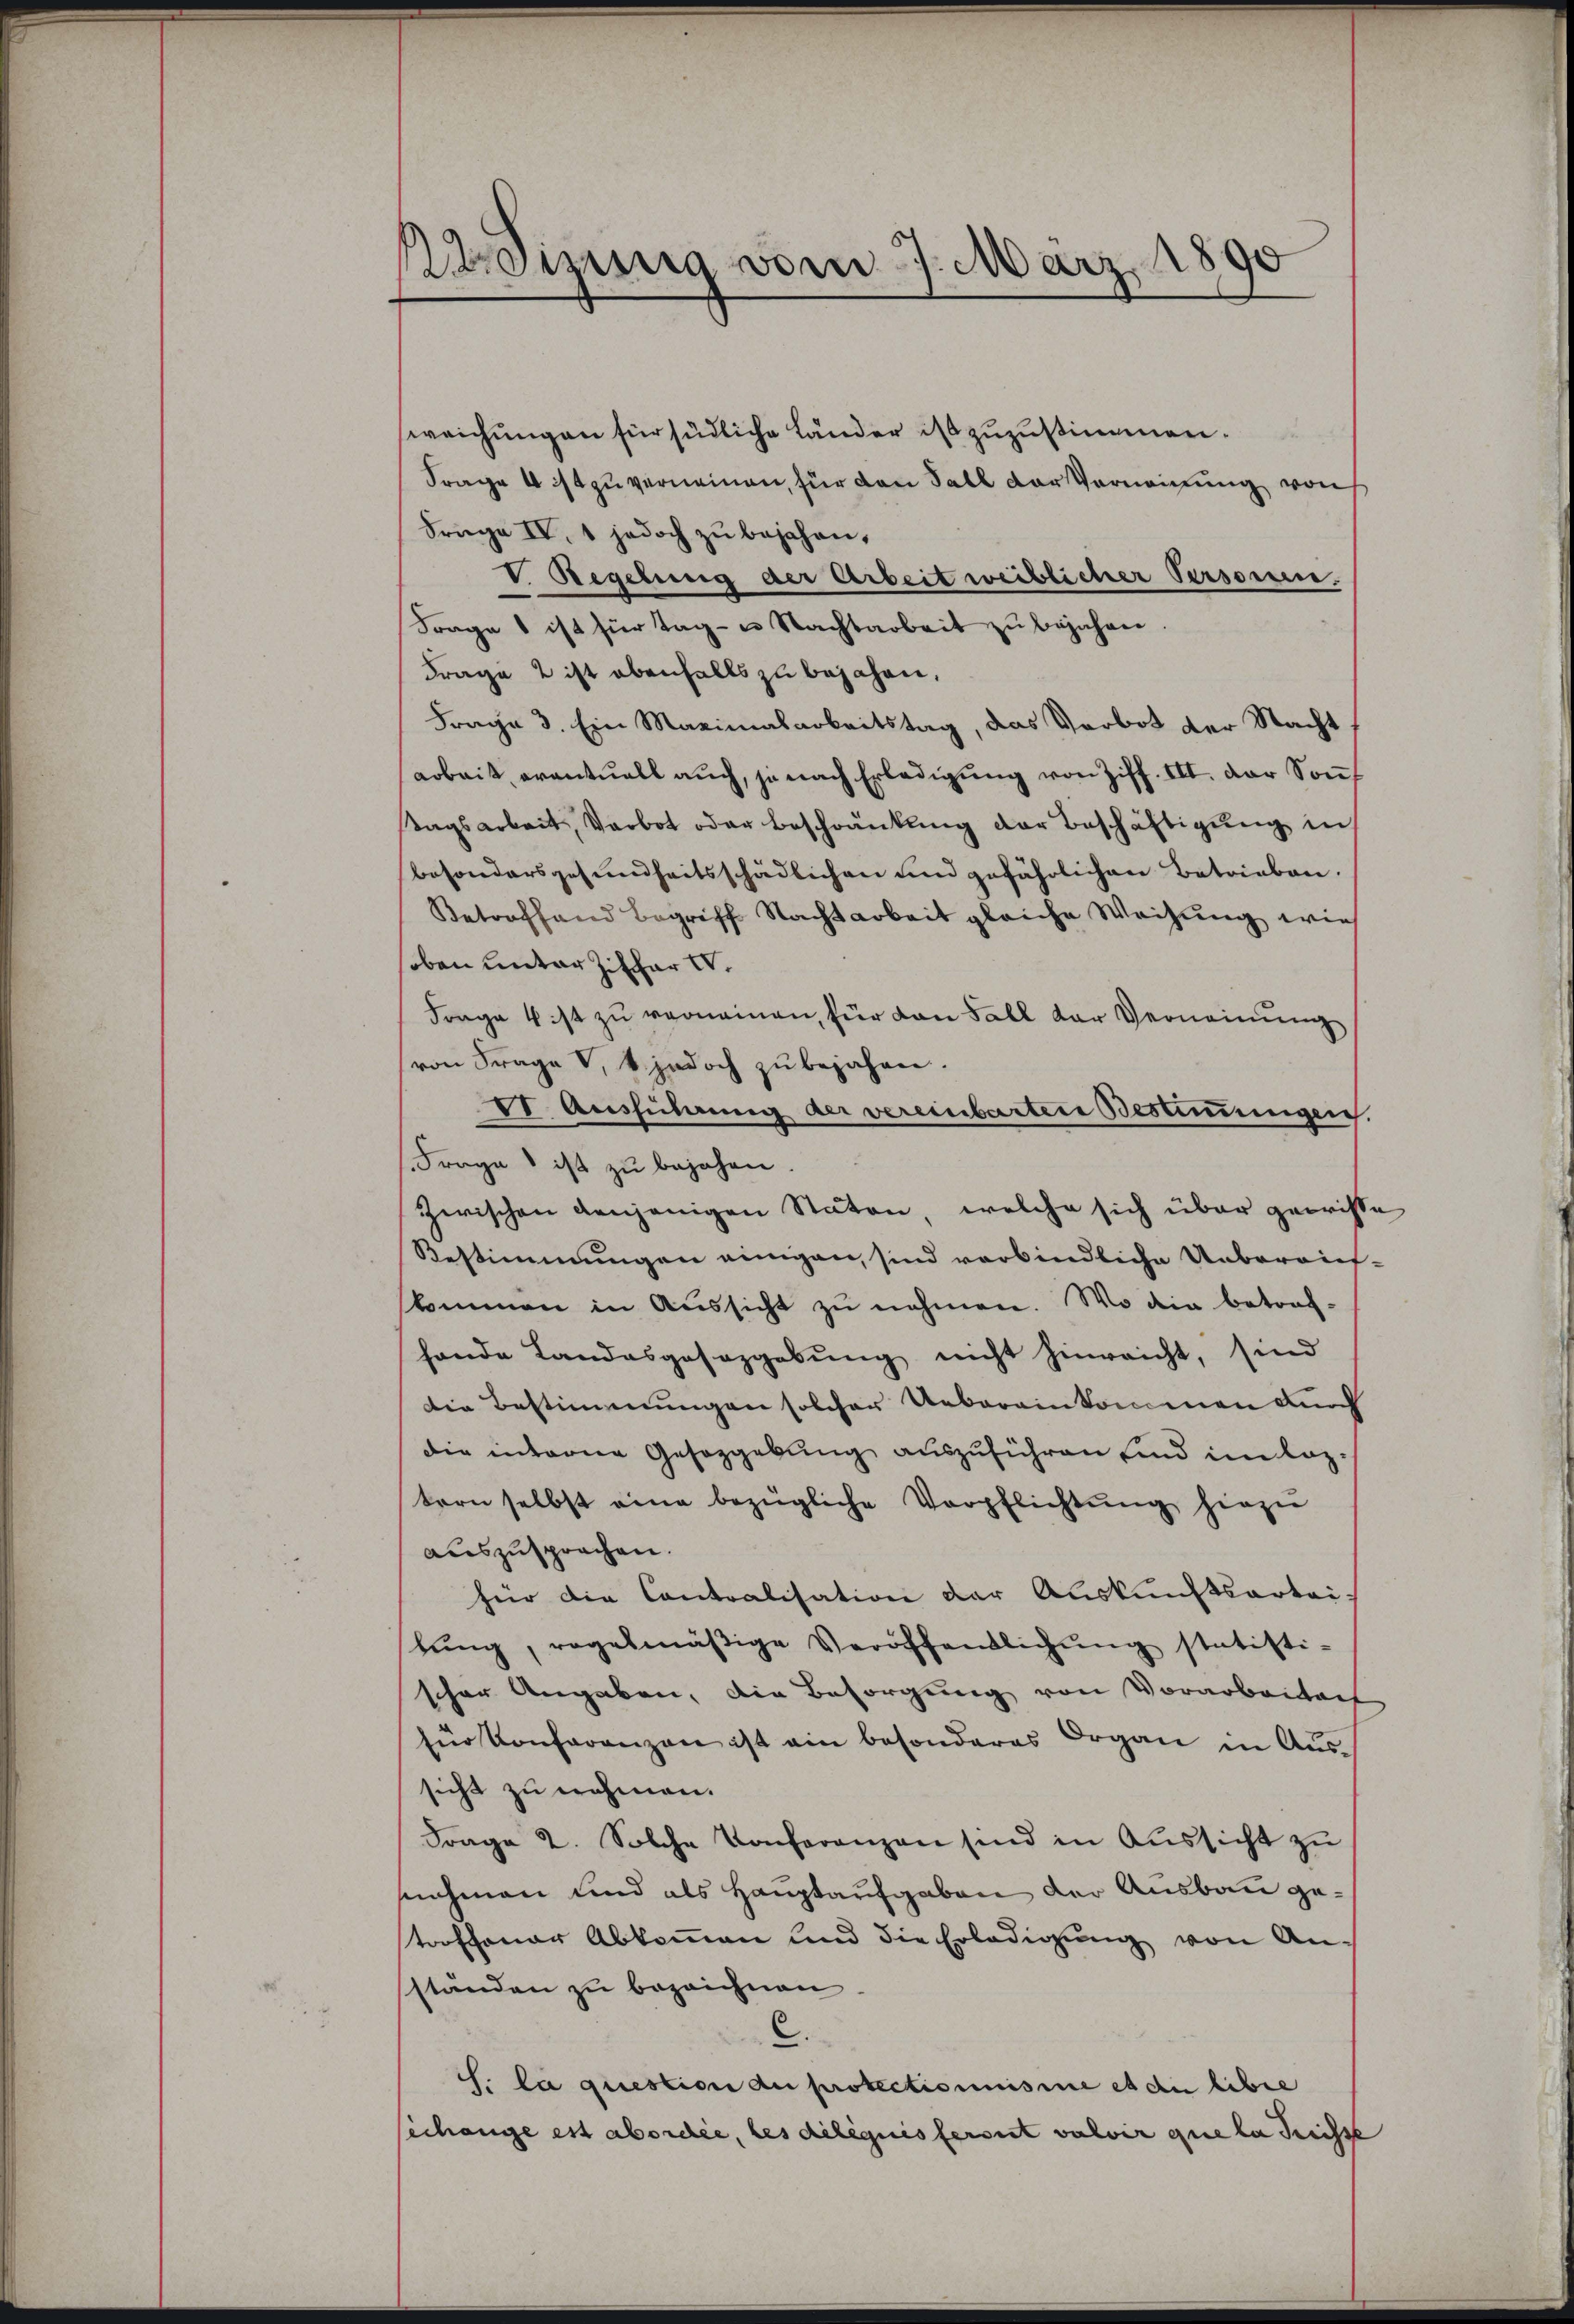
Aimnis vom 7. März 1890

weichungen für südliche Länder ist zuzustimmen.
Frage 4 ist zu verneinen, für den Fall der Vernennung von
Frage IV 1 jedoch zu bejahen,
V. Regelung der Arbeit weiblicher Persorgen
Frage 1 ist für Tag- u. Nachtarbeit zu bejahen
Frage 2 ist ebenfalls zu bejahen,
Frage 3. Ein Maximalarbeitstag, das Verbot der Nacht
arbeit, eventuell auch, je nach Erledigung von Ziff. III. der Sontagsarbeit, Verbot oder Beschränkling der Beschäftigung in
besondersgesundheitsschädlichen und gefährlichen Betrieben,
Betreffend begriff Nachtarbeit gleiche Weisŭng wie
soben unter Ziffer u.
Frage 4 ist zu verneinen, für den Fall der Verneinung
von Frage, jedoch zŭ bejahen.
VI. Ausführung der vereinbarten Bestimmungen
Frage ist zu bejahen.
zwischen denjenigen Stäten, welche sich über gewisse
Bestimmungen einigen, sind verbindliche Unberaiefskommen in Aussicht zu nehmen. Wo die betref-
hande Landesgesazgebung nicht hinreicht, sind
Die Bestimmungen solcher Uebereinkommen durch
die interne Gesetzgebung auszuführen sind im leztern selbst eine bezügliche Verpflichtŭng hiezu
auszusprochen.
für die Contralisation der Auskunftsartei-
tŭng, regelmäβige Veröffentlichŭng statisti-
schen Angaben, die Besorgung von Vorarbeitent
für Konferenzen ist ein besonderes Organ in Aŭs-
sicht zu nehmen.
Frage 2. Solche Konferenzen sind in Aŭssicht zu
snehmen und als Hauptaufgaben der Ausbau getroffener Abkoṁen und die Erledigŭng von An-
ständen zu bezeichnen.
C.
s: la question du protectionaisse et die libre
echange est abordée, les diliquis fernt valoir que la Preisse